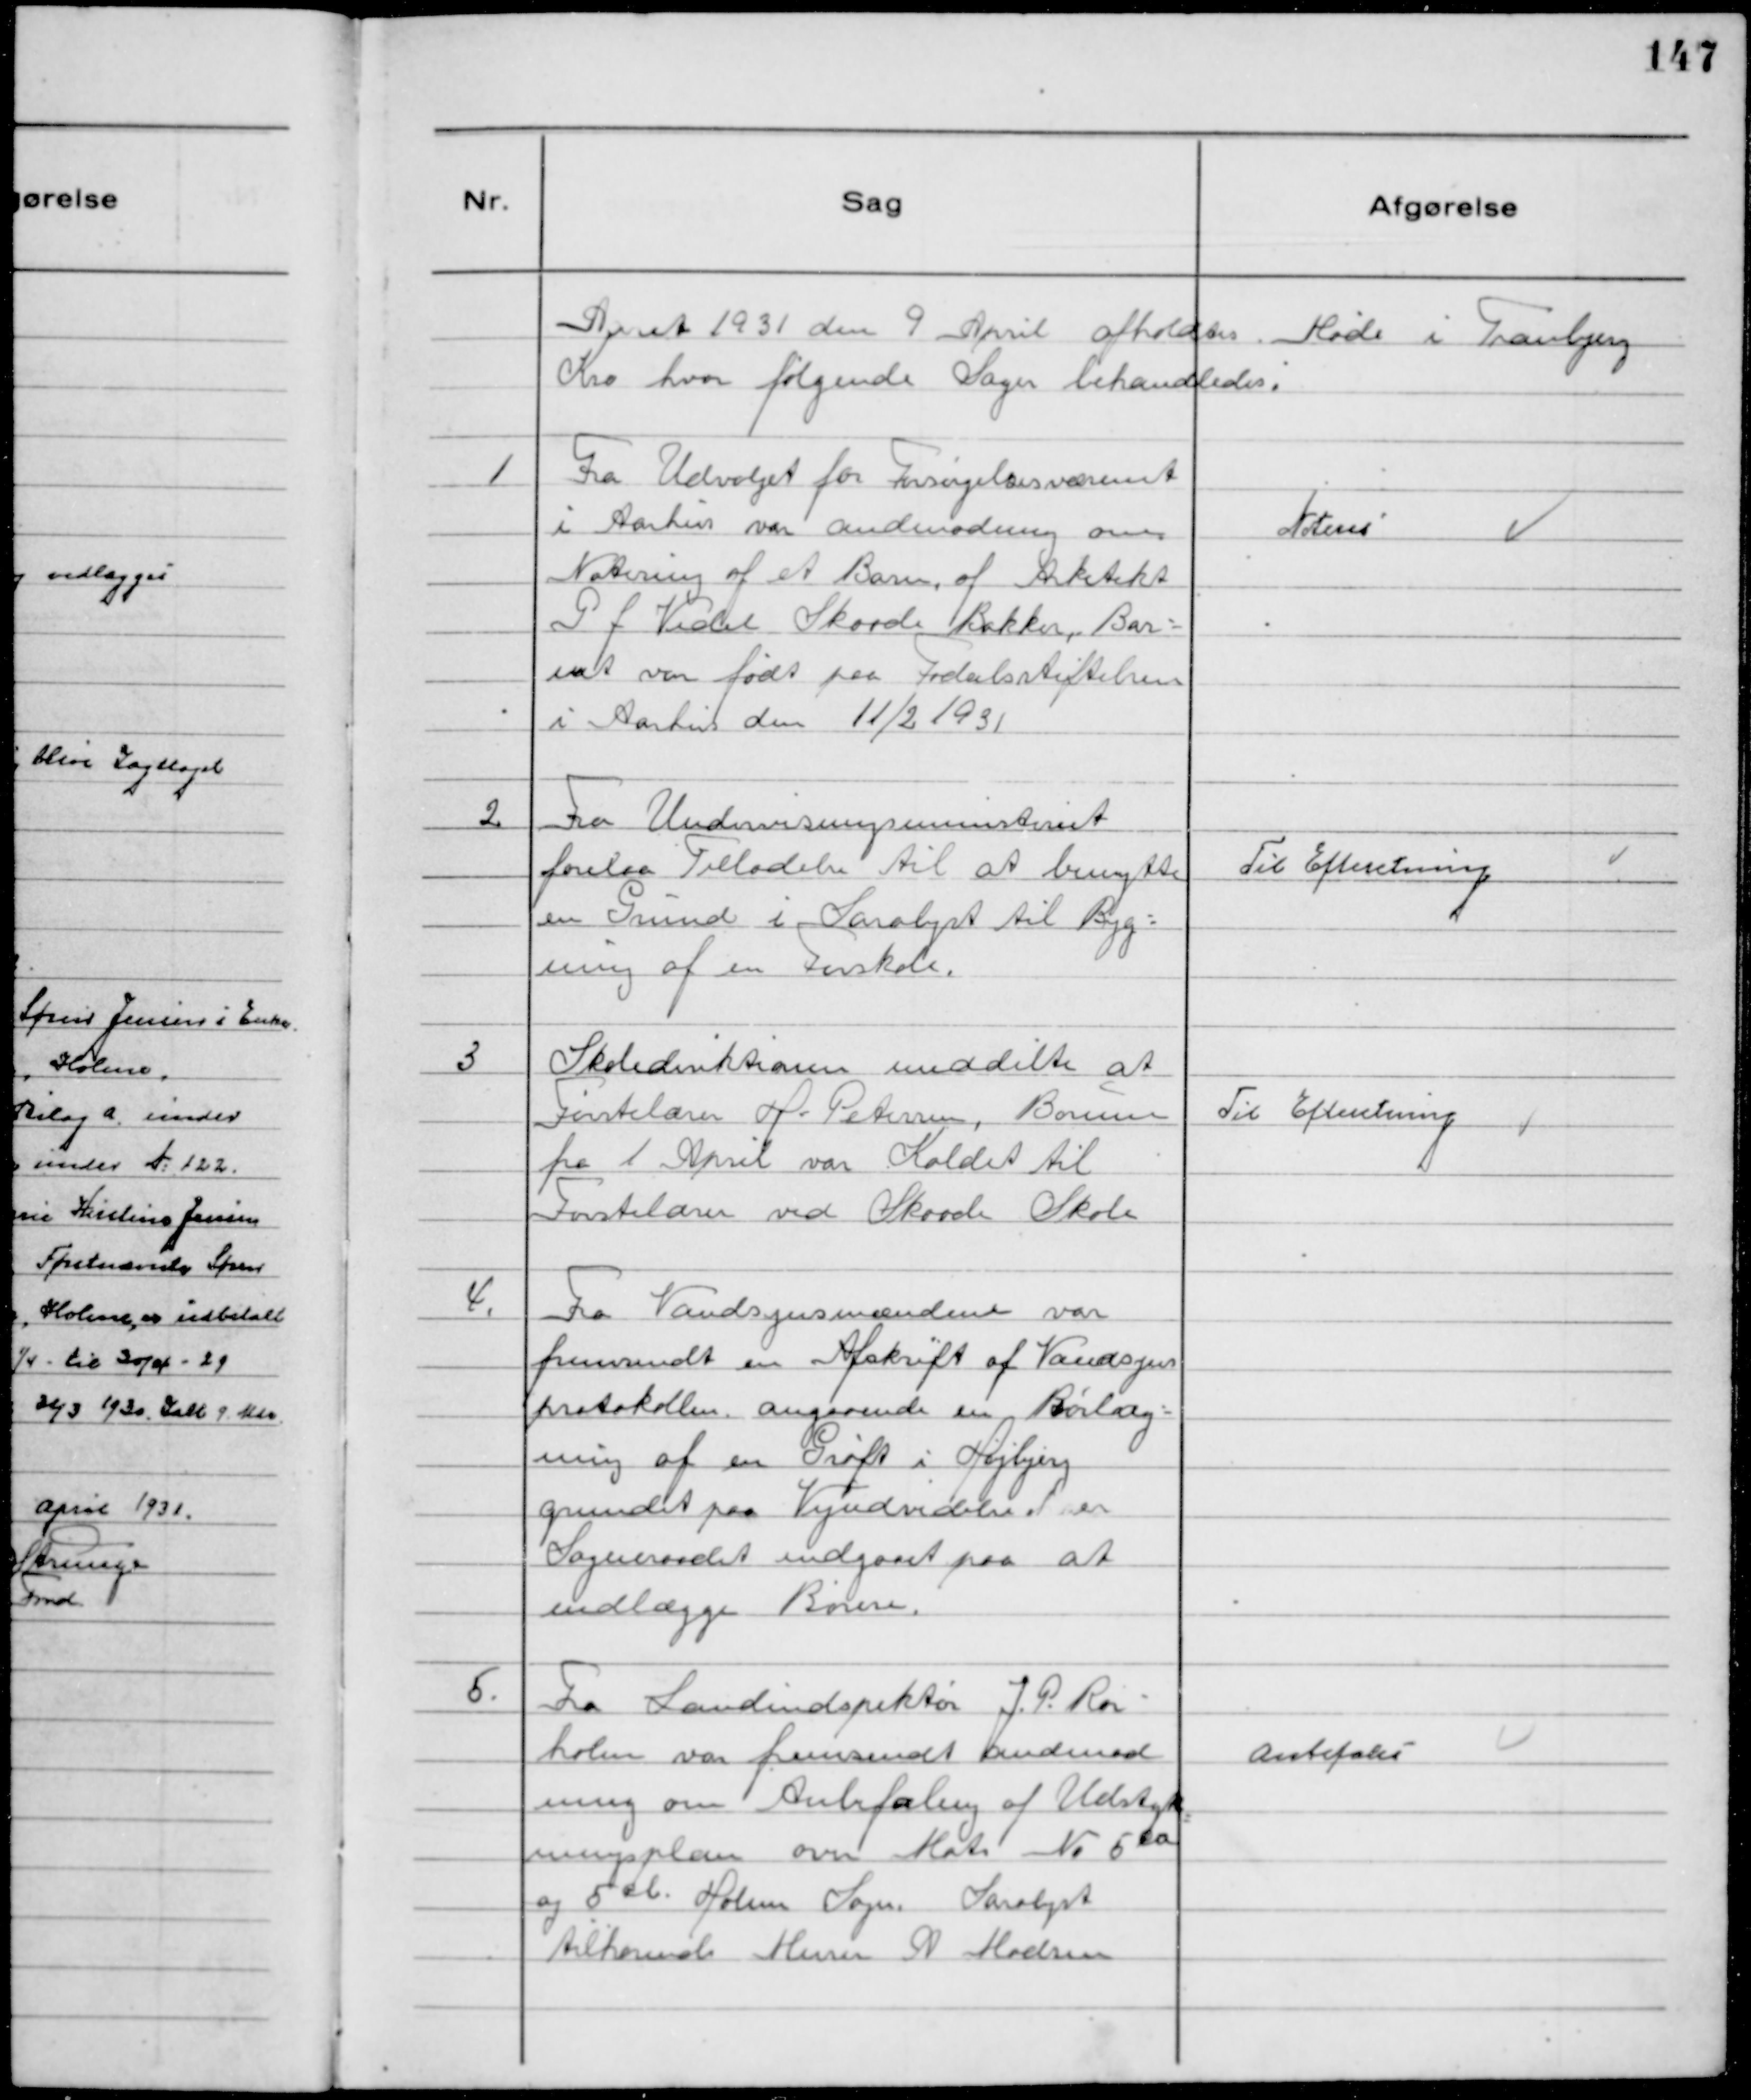
Transskription:
Aaret 1931 den 9 April afholdtes Møde i Tranbjerg
Kro hvor følgende Sager behandledes.

1
Fra Udvalget for Forsørgelsesvæsenet
i Aarhus var andmodning om
Notering af et Barn, af Arkitekt
P.J. Vedel Skaade Bakker, Bar-
net var født paa Fødselsstiftelsen
i Aarhus den 11/2 1931

Noteres

2
Fra Undervisningsministeriet
forelaa Tilladelse til at benytte
en Grund i Saralyst til Byg-
ning af en Forskole.

Til Efteretning

3
Skoledirektionen meddelte at
Førstelærer H. Petersen, Borum
fra 1 April var Kaldet til
Førstelærer ved Skaade Skole

Til Efteretning

4.
Fra Vandsynsmændene var
fremsendt en Afskrift af Vandsyns
protokollen angaaende en Rørlæg-
ning af en Grøft i Højbjerg
grundet paa Vejudvidelsen er
Sogneraadet indgaaet paa at
nedlægge Rørene.

5.
Fra Landindspektør J.P. Rør-
holm var fremsendt andmod
ning om Anbefaling af Udstyk
ningsplan over Matr № 5 a
og 5 b Holme Sogn Saralyst
tilhørende Murer N Madsen

Anbefales